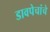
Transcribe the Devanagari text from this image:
डावपेचांचे